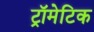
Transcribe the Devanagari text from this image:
ट्रॉमेटिक